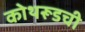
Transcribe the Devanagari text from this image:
कोथरूडची